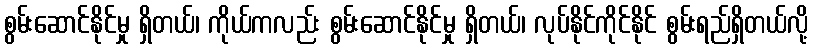
စွမ်းဆောင်နိုင်မှု ရှိတယ်၊ ကိုယ်ကလည်း စွမ်းဆောင်နိုင်မှု ရှိတယ်၊ လုပ်နိုင်ကိုင်နိုင် စွမ်းရည်ရှိတယ်လို့